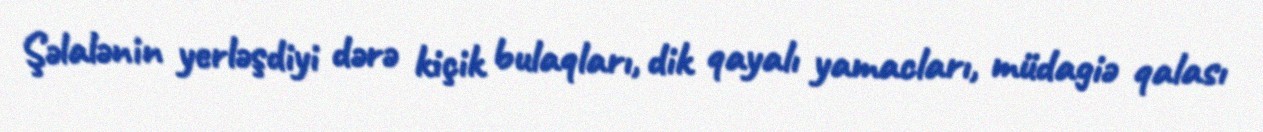
Şəlalənin yerləşdiyi dərə kiçik bulaqları, dik qayalı yamacları, müdagiə qalası